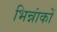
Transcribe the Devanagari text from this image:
भिन्नांकों